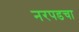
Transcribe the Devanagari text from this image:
नरपडचा